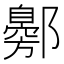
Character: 𬪟